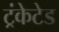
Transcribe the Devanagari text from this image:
ट्रंकेटेड